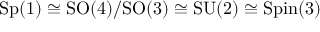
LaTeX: \mathrm { S p } ( 1 ) \cong \mathrm { S O } ( 4 ) / \mathrm { S O } ( 3 ) \cong \mathrm { S U } ( 2 ) \cong \mathrm { S p i n } ( 3 )